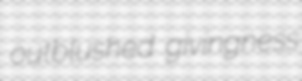
outblushed givingness